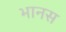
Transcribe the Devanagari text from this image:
भानस